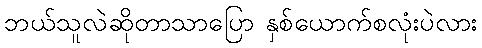
ဘယ်သူလဲဆိုတာသာပြော နှစ်ယောက်စလုံးပဲလား